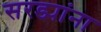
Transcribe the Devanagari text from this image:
सरड्यांना